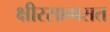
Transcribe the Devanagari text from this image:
क्षीरसागरात